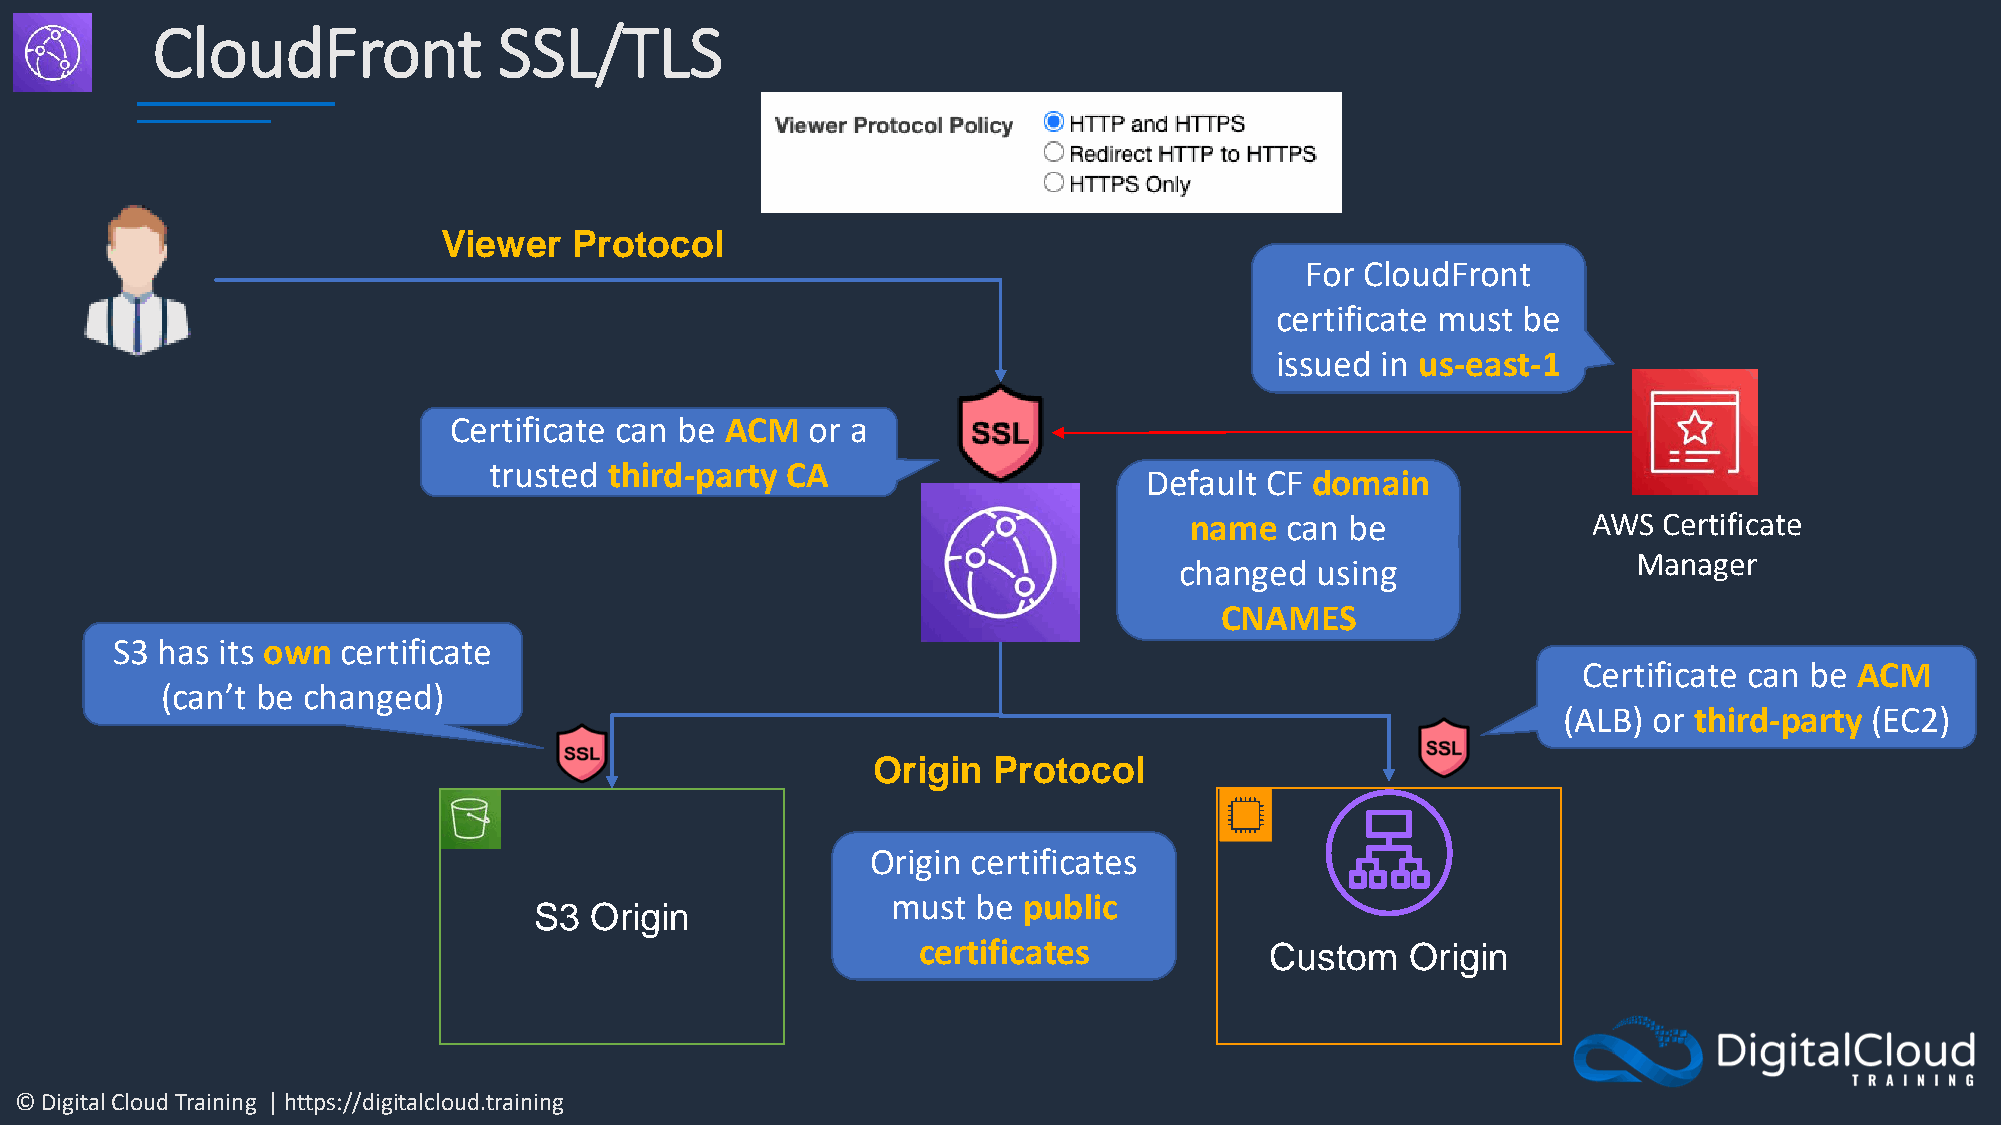
CloudFront             SSL/TLS
 Viewer   Protocol
 For CloudFront
 certificate must be
 issued in us-east-1
 Certificate can be ACM or a
 trusted third-party CA
 Default CF domain
 name  can be              AWS  Certificate
 Manager
 changed  using
 CNAMES
 S3 has its own certificate
 Certificate can be ACM
 (can’t be changed)
 (ALB) or third-party (EC2)
 Origin  Protocol
 Origin certificates
 must  be public
 S3  Origin
 certificates           Custom   Origin
 © Digital Cloud Training | https://digitalcloud.training